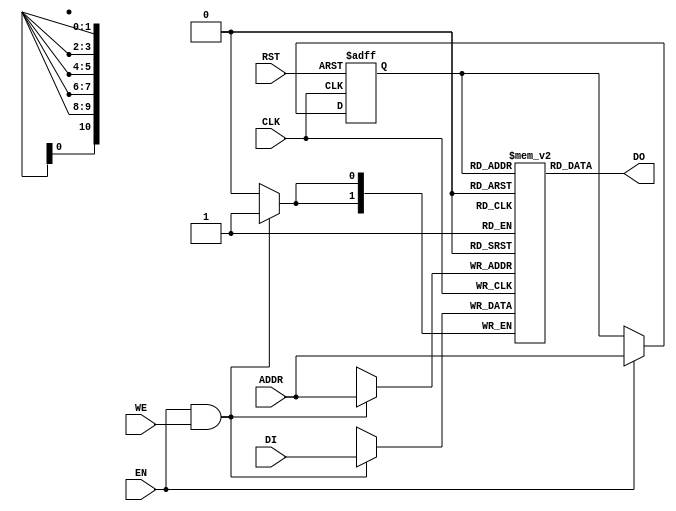
module RAMB4_S2 (
    CLK,
    RST,
    ADDR,
    DI,
    EN,
    WE,
    DO,
);
parameter dw = 2;
parameter aw = 11;
input CLK, RST, EN, WE;
input [dw-1:0] DI;
output [dw-1:0] DO;
input [aw-1:0] ADDR;
reg	[dw-1:0]	mem [(1<<aw)-1:0];	// RAM content
reg	[aw-1:0]	addr_reg;		// RAM address register
// Data output drivers
assign DO = mem[addr_reg][dw-1:0];
// RAM address register
always @(posedge CLK or posedge RST)
    if ( RST == 1'b1 )
        addr_reg <= #1 {aw{1'b0}};
    else if ( EN )
        addr_reg <= #1 ADDR;
// RAM write
always @(posedge CLK)
	if (EN && WE)
		mem[ADDR] <= #1 DI;
endmodule